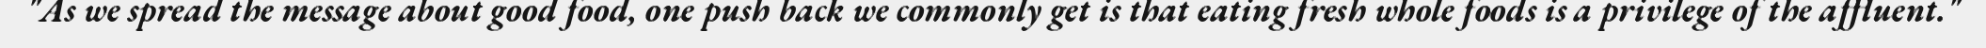
"As we spread the message about good food, one push back we commonly get is that eating fresh whole foods is a privilege of the affluent."